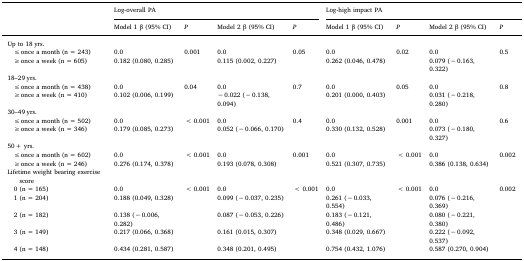
<table><thead><tr><td rowspan="2"></td><td colspan="4"><b>Log-overall PA</b></td><td colspan="4"><b>Log-high impact PA</b></td></tr><tr><td><b>Model 1 β (95% CI)</b></td><td><b><i>P</i></b></td><td><b>Model 2 β (95% CI)</b></td><td><b><i>P</i></b></td><td><b>Model 1 β (95% CI)</b></td><td><b><i>P</i></b></td><td><b>Model 2 β (95% CI)</b></td><td><b><i>P</i></b></td></tr></thead><tbody><tr><td>Up to 18 yrs.</td><td></td><td></td><td></td><td></td><td></td><td></td><td></td><td></td></tr><tr><td> ≤ once a month (n = 243)</td><td>0.0</td><td>0.001</td><td>0.0</td><td>0.05</td><td>0.0</td><td>0.02</td><td>0.0</td><td>0.5</td></tr><tr><td> ≥ once a week (n = 605)</td><td>0.182 (0.080, 0.285)</td><td></td><td>0.115 (0.002, 0.227)</td><td></td><td>0.262 (0.046, 0.478)</td><td></td><td>0.079 (− 0.163, 0.322)</td><td></td></tr><tr><td>18–29 yrs.</td><td></td><td></td><td></td><td></td><td></td><td></td><td></td><td></td></tr><tr><td> ≤ once a month (n = 438)</td><td>0.0</td><td>0.04</td><td>0.0</td><td>0.7</td><td>0.0</td><td>0.05</td><td>0.0</td><td>0.8</td></tr><tr><td> ≥ once a week (n = 410)</td><td>0.102 (0.006, 0.199)</td><td></td><td>− 0.022 (− 0.138, 0.094)</td><td></td><td>0.201 (0.000, 0.403)</td><td></td><td>0.031 (− 0.218, 0.280)</td><td></td></tr><tr><td>30–49 yrs.</td><td></td><td></td><td></td><td></td><td></td><td></td><td></td><td></td></tr><tr><td> ≤ once a month (n = 502)</td><td>0.0</td><td>&lt; 0.001</td><td>0.0</td><td>0.4</td><td>0.0</td><td>0.001</td><td>0.0</td><td>0.6</td></tr><tr><td> ≥ once a week (n = 346)</td><td>0.179 (0.085, 0.273)</td><td></td><td>0.052 (− 0.066, 0.170)</td><td></td><td>0.330 (0.132, 0.528)</td><td></td><td>0.073 (− 0.180, 0.327)</td><td></td></tr><tr><td>50 + yrs.</td><td></td><td></td><td></td><td></td><td></td><td></td><td></td><td></td></tr><tr><td> ≤ once a month (n = 602)</td><td>0.0</td><td>&lt; 0.001</td><td>0.0</td><td>0.001</td><td>0.0</td><td>&lt; 0.001</td><td>0.0</td><td>0.002</td></tr><tr><td> ≥ once a week (n = 246)</td><td>0.276 (0.174, 0.378)</td><td></td><td>0.193 (0.078, 0.308)</td><td></td><td>0.521 (0.307, 0.735)</td><td></td><td>0.386 (0.138, 0.634)</td><td></td></tr><tr><td>Lifetime weight bearing exercise score</td><td></td><td></td><td></td><td></td><td></td><td></td><td></td><td></td></tr><tr><td> 0 (n = 165)</td><td>0.0</td><td>&lt; 0.001</td><td>0.0</td><td>&lt; 0.001</td><td>0.0</td><td>&lt; 0.001</td><td>0.0</td><td>0.002</td></tr><tr><td> 1 (n = 204)</td><td>0.188 (0.049, 0.328)</td><td></td><td>0.099 (− 0.037, 0.235)</td><td></td><td>0.261 (− 0.033, 0.554)</td><td></td><td>0.076 (− 0.216, 0.369)</td><td></td></tr><tr><td> 2 (n = 182)</td><td>0.138 (− 0.006, 0.282)</td><td></td><td>0.087 (− 0.053, 0.226)</td><td></td><td>0.183 (− 0.121, 0.486)</td><td></td><td>0.080 (− 0.221, 0.380)</td><td></td></tr><tr><td> 3 (n = 149)</td><td>0.217 (0.066, 0.368)</td><td></td><td>0.161 (0.015, 0.307)</td><td></td><td>0.348 (0.029, 0.667)</td><td></td><td>0.222 (− 0.092, 0.537)</td><td></td></tr><tr><td> 4 (n = 148)</td><td>0.434 (0.281, 0.587)</td><td></td><td>0.348 (0.201, 0.495)</td><td></td><td>0.754 (0.432, 1.076)</td><td></td><td>0.587 (0.270, 0.904)</td><td></td></tr></tbody></table>